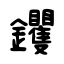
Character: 钁